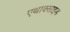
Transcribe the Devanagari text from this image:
एथाक्साइड